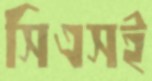
সিএসই